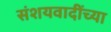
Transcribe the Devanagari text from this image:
संशयवादींच्या